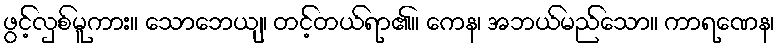
ဖွင့်လှစ်မူကား။ သောဘေယျ၊ တင့်တယ်ရာ၏။ ကေန၊ အဘယ်မည်သော။ ကာရဏေန၊